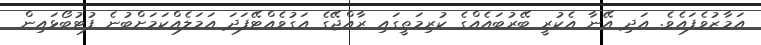
އަމާޒުވެފައެވެ. އަދި އޭނާ އެކުރީ ބޭރުބައެއްގެ ކުރިމަތީގައި ރާއްޖޭގެ އަގުވެއްޓޭފަދަ އަމަލެއްކަމަށްބުނެ ފުޓުބޯޅައިން